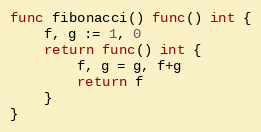
Language: Go
func fibonacci() func() int {
	f, g := 1, 0
	return func() int {
		f, g = g, f+g
		return f
	}
}